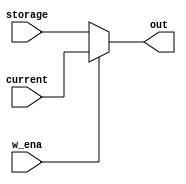
`timescale 1ns / 1ns
module save(
    input w_ena,
    input [31:0] current,
    input [31:0] storage,
    output [31:0] out
);
    assign out = w_ena? current:storage;
endmodule
module save_flag(
    input w_ena,
    input current,
    input storage,
    output out
);
    assign out = w_ena? current:storage;
endmodule